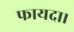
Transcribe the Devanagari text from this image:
फायदा।